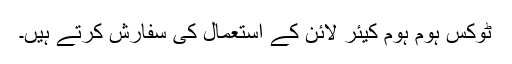
ٹوکس ہوم ہوم کیئر لائن کے استعمال کی سفارش کرتے ہیں۔